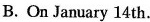
B. On January 14 th.